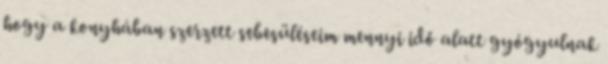
hogy a konyhában szerzett sebesüléseim mennyi idő alatt gyógyulnak